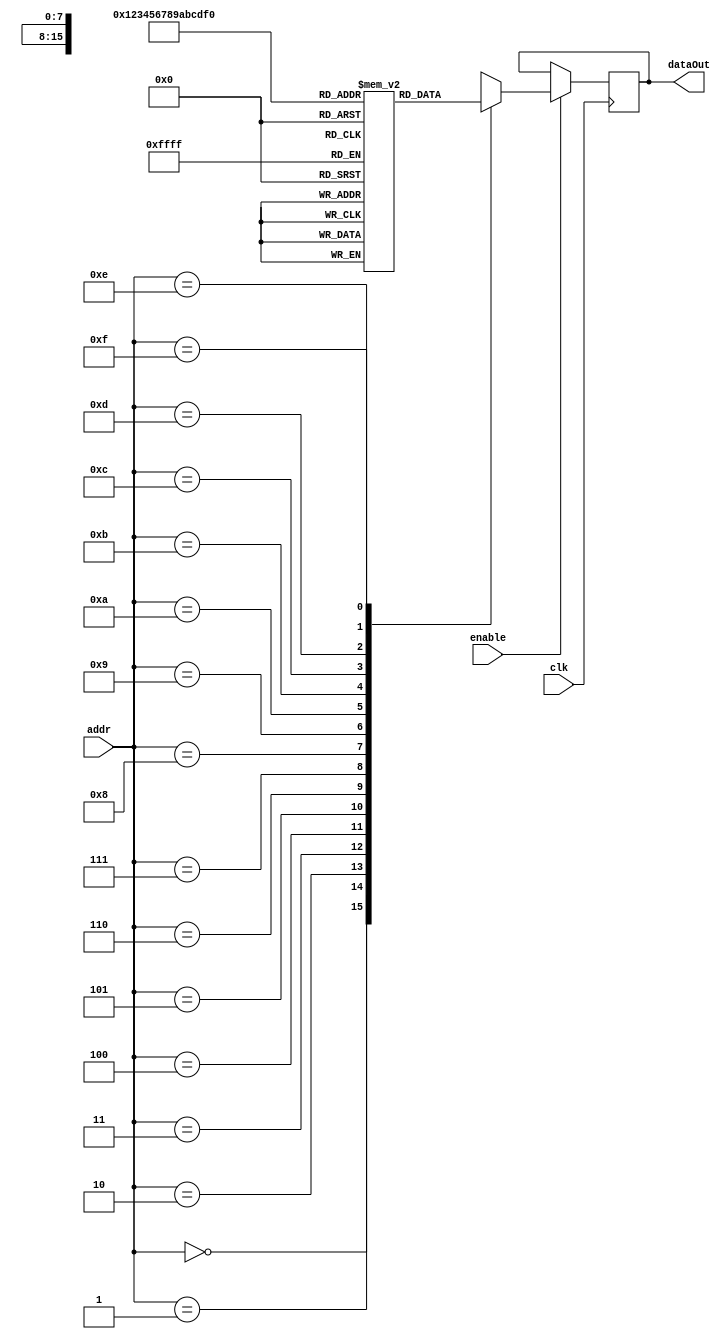
`timescale 1ns / 1ps

module ROM16x8(addr, enable, clk ,dataOut);
input [3:0] addr; //4-bit address bus
input enable, clk; 
output reg [7:0] dataOut; //8-bit data bus
reg [7:0] data [15:0];

//initialize ROM values
initial 
    begin
        data[0] = 8'b01001001;
        data[1] = 8'b00100000;
        data[2] = 8'b01101100;
        data[3] = 8'b01101111;
        data[4] = 8'b01110110;
        data[5] = 8'b01100101;
        data[6] = 8'b00100000;
        data[7] = 8'b01111001;
        data[8] = 8'b01101111;
        data[9] = 8'b01110101;
        data[10] = 8'b00100000;
        data[11] = 8'b01100100;
        data[12] = 8'b01110101;
        data[13] = 8'b01100100;
        data[14] = 8'b01100101;
        data[15] = 8'b00100001;
    end


// on positive edge of clock, if enable is active, read from addr
always @ (posedge clk) 
    begin
        if (enable) 
            begin
                case (addr) 
                    4'b0000 : dataOut <= data[0];
                    4'b0001 : dataOut <= data[1];
                    4'b0010 : dataOut <= data[2];
                    4'b0011 : dataOut <= data[3];
                    4'b0100 : dataOut <= data[4];
                    4'b0101 : dataOut <= data[5];
                    4'b0110 : dataOut <= data[6];
                    4'b0111 : dataOut <= data[7];
                    4'b1000 : dataOut <= data[8];
                    4'b1001 : dataOut <= data[9];
                    4'b1010 : dataOut <= data[10];
                    4'b1011 : dataOut <= data[11];
                    4'b1100 : dataOut <= data[12];
                    4'b1101 : dataOut <= data[13];
                    4'b1110 : dataOut <= data[14];
                    4'b1111 : dataOut <= data[15];
                    default: dataOut <= 8'b00000000;
                endcase
            end 
    end // always begin


endmodule